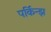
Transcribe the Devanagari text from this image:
पर्किन्झ